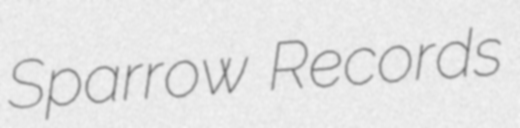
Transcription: Sparrow Records